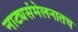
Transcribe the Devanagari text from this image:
नाट्यसंमेलनातच